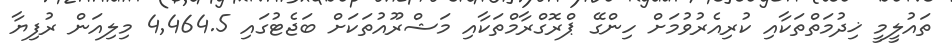
ތައުލީމީ ޚިދުމަތްތަކާއި ކުރިއެރުވުމަށް ހިންގޭ ޕްރޮގްރާމްތަކާއި މަޝްރޫއުތަކަށް ބަޖެޓުގައި 4